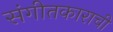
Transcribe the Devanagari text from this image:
संगीतकाराची